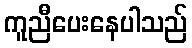
ကူညီပေးနေပါသည်